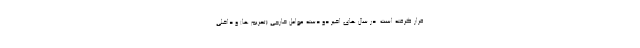
قرار گرفته است. در سال های اخیر دو دسته عوامل خارجی (تحریم ها) و داخلی